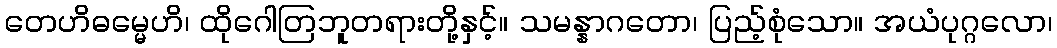
တေဟိဓမ္မေဟိ၊ ထိုဂေါတြဘူတရားတို့နှင့်။ သမန္နာဂတော၊ ပြည့်စုံသော။ အယံပုဂ္ဂလော၊